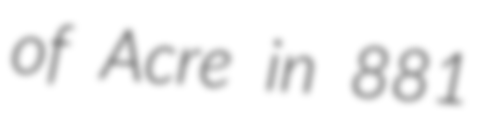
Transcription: of Acre in 881